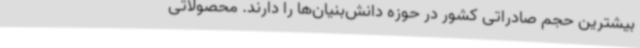
بیشترین حجم صادراتی کشور در حوزه دانش‌بنیان‌ها را دارند. محصولاتی